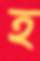
হ